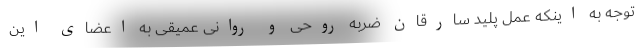
توجه به اینکه عمل پلید سارقان ضربه روحی و روانی عمیقی به اعضای این